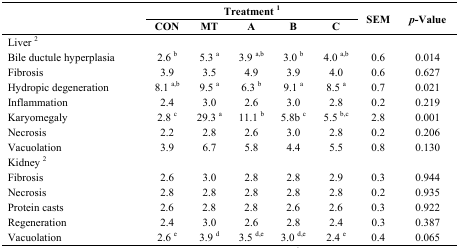
<table><thead><tr><td rowspan="2">[EMPTY_CELL]</td><td colspan="5"><b>Treatment <sup>1</sup></b></td><td rowspan="2"><b>SEM</b></td><td rowspan="2"><b><i>p</i>-Value</b></td></tr><tr><td><b>CON</b></td><td><b>MT</b></td><td><b>A</b></td><td><b>B</b></td><td><b>C</b></td></tr></thead><tbody><tr><td>Liver <sup>2</sup></td><td>[EMPTY_CELL]</td><td>[EMPTY_CELL]</td><td>[EMPTY_CELL]</td><td>[EMPTY_CELL]</td><td>[EMPTY_CELL]</td><td>[EMPTY_CELL]</td><td>[EMPTY_CELL]</td></tr><tr><td>Bile ductule hyperplasia</td><td>2.6 <sup>b</sup></td><td>5.3 <sup>a</sup></td><td>3.9 <sup>a,b</sup></td><td>3.0 <sup>b</sup></td><td>4.0 <sup>a,b</sup></td><td>0.6</td><td>0.014</td></tr><tr><td>Fibrosis</td><td>3.9</td><td>3.5</td><td>4.9</td><td>3.9</td><td>4.0</td><td>0.6</td><td>0.627</td></tr><tr><td>Hydropic degeneration</td><td>8.1 <sup>a,b</sup></td><td>9.5 <sup>a</sup></td><td>6.3 <sup>b</sup></td><td>9.1 <sup>a</sup></td><td>8.5 <sup>a</sup></td><td>0.7</td><td>0.021</td></tr><tr><td>Inflammation</td><td>2.4</td><td>3.0</td><td>2.6</td><td>3.0</td><td>2.8</td><td>0.2</td><td>0.219</td></tr><tr><td>Karyomegaly</td><td>2.8 <sup>c</sup></td><td>29.3 <sup>a</sup></td><td>11.1 <sup>b</sup></td><td>5.8b <sup>c</sup></td><td>5.5 <sup>b,c</sup></td><td>2.8</td><td>0.001</td></tr><tr><td>Necrosis</td><td>2.2</td><td>2.8</td><td>2.6</td><td>3.0</td><td>2.8</td><td>0.2</td><td>0.206</td></tr><tr><td>Vacuolation</td><td>3.9</td><td>6.7</td><td>5.8</td><td>4.4</td><td>5.5</td><td>0.8</td><td>0.130</td></tr><tr><td>Kidney <sup>2</sup></td><td>[EMPTY_CELL]</td><td>[EMPTY_CELL]</td><td>[EMPTY_CELL]</td><td>[EMPTY_CELL]</td><td>[EMPTY_CELL]</td><td>[EMPTY_CELL]</td><td>[EMPTY_CELL]</td></tr><tr><td>Fibrosis</td><td>2.6</td><td>3.0</td><td>2.8</td><td>2.8</td><td>2.9</td><td>0.3</td><td>0.944</td></tr><tr><td>Necrosis</td><td>2.8</td><td>2.8</td><td>2.8</td><td>2.8</td><td>2.8</td><td>0.2</td><td>0.935</td></tr><tr><td>Protein casts</td><td>2.6</td><td>2.8</td><td>2.8</td><td>2.6</td><td>2.6</td><td>0.3</td><td>0.922</td></tr><tr><td>Regeneration</td><td>2.4</td><td>3.0</td><td>2.6</td><td>2.8</td><td>2.4</td><td>0.3</td><td>0.387</td></tr><tr><td>Vacuolation</td><td>2.6 <sup>e</sup></td><td>3.9 <sup>d</sup></td><td>3.5 <sup>d,e</sup></td><td>3.0 <sup>d,e</sup></td><td>2.4 <sup>e</sup></td><td>0.4</td><td>0.065</td></tr></tbody></table>